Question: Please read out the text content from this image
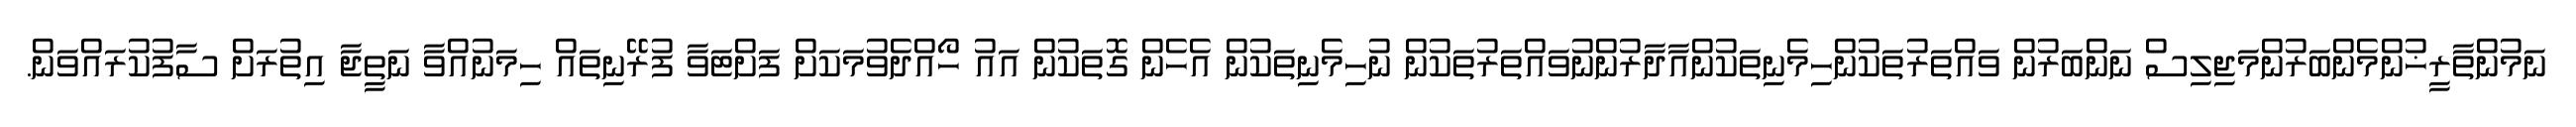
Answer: ނަމުންތާރީޚުންމެންބަރުންމަޖިލިސް ނަންބަރުން ވައްތަރުތަކުންހިމެނިތަކުންއާދާރުންނުވައްތަރުތަކުން ނުހިމެނިތަކުން އެހެން ގޮތަކުން އައު ހޯއްދެވުމަކަށް ފަށްޓަވާ ފުރޭނިތައް ހިމަނުއްވާ ނަތީޖާ އިތުރަށް ސާފުކުރައްވަން.